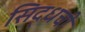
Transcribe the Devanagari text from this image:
सिद्धची